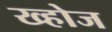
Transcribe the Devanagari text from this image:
ख्होज